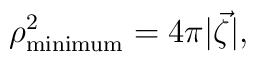
\rho^2_{\rm minimum}= 4\pi | \vec \zeta|,